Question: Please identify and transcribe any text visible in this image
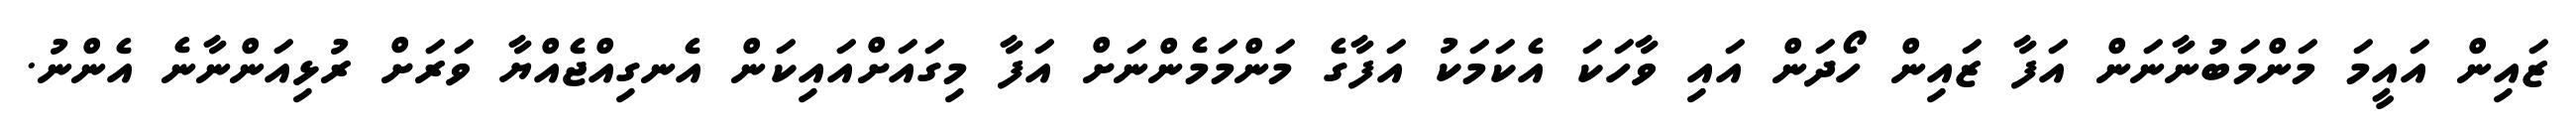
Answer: ޒައިން އައީމަ މަންމަބުނާނަން އަފާ ޒައިން ހޯދަން އައި ވާހަކަ އެކަމަކު އަފާގެ މަންމަމެންނަށް އަފާ މިގައަށްއައިކަން އެނގިއްޖެއްޔާ ވަރަށް ރުޅިއަންނާނެ އެންނު.